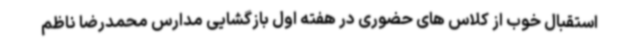
استقبال خوب از کلاس های حضوری در هفته اول بازگشایی مدارس محمدرضا ناظم